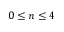
0 \le n \le 4